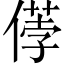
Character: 𠍤